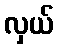
လှယ်